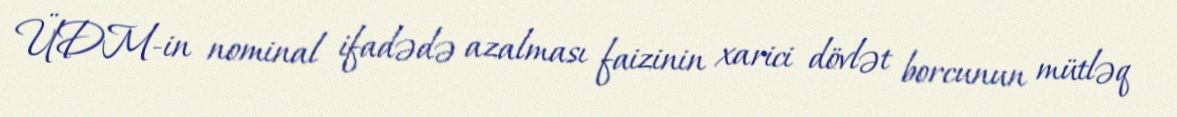
ÜDM-in nominal ifadədə azalması faizinin xarici dövlət borcunun mütləq